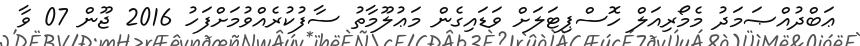
ޢަބްދުއްޞަމަދު މެމޯރިއަލް ހޮސްޕިޓަލަށް ވަޑައިގެން މަޢުލޫމާތު ސާފުކުރެއްވުމަށްފަހު 2016 ޖޫން 07 ވާ